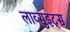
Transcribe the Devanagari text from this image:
लाव्सुइट्स